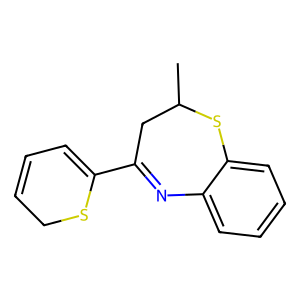
SMILES: CC1CC(C2=CC=CCS2)=Nc2ccccc2S1
Inhibits HIV replication: No